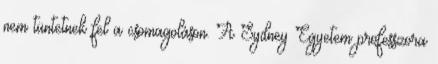
nem tüntetnek fel a csomagoláson. A Sydney Egyetem professzora